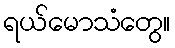
ရယ်မောသံတွေ။